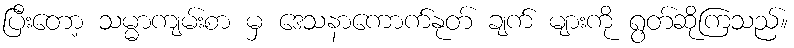
ပြီးတော့ သမ္မာကျမ်းစာ မှ ဒေသနာကောက်နုတ် ချက် များကို ရွတ်ဆိုကြသည်။